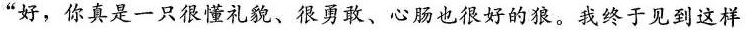
”好，你真是一只很懂礼貌、很勇敢、心肠也很好的狼。我终于见到这样